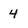
Character: 4